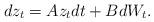
LaTeX: \begin{align*}dz_t = Az_t dt + BdW_t.\end{align*}